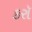
કરૉ